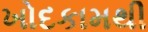
ખોદકામથી